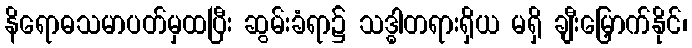
နိရောဓသမာပတ်မှထပြီး ဆွမ်းခံရာ၌ သဒ္ဓါတရားရှိယ မရှိ ချီးမြှောက်နိုင်၊